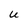
Character: U